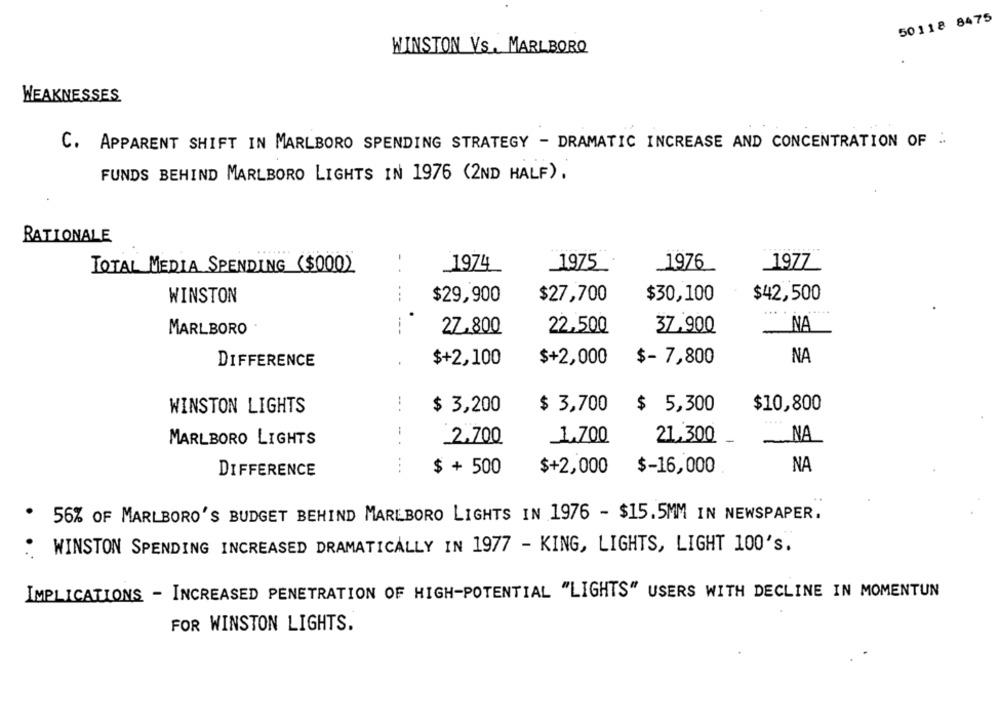
50118 8475
WINSTON VS. MARLBORO
WEAKNESSES
C. APPARENT SHIFT IN MARLBORO SPENDING STRATEGY - DRAMATIC INCREASE AND CONCENTRATION OF .
FUNDS BEHIND MARLBORO LIGHTS IN 1976 (2ND HALF).
RATIONALE
TOTAL MEDIA SPENDING ($000)
1974
_1976
1977
1975
$29,900
$30,100
$42,500
WINSTON
$27,700
NA
MARLBORO
---
27,800
22,500
37,900
DIFFERENCE
$+2,100
$+2,000
$- 7,800
NA
$10,800
WINSTON LIGHTS
$ 3,200
$ 3,700
$ 5,300
MARLBORO LIGHTS
2.700
1.700
21,300
NA
$ + 500
$+2,000
$-16,000
NA
DIFFERENCE
. 56% OF MARLBORO'S BUDGET BEHIND MARLBORO LIGHTS IN 1976 - $15.5MM IN NEWSPAPER.
: WINSTON SPENDING INCREASED DRAMATICALLY IN 1977 - KING, LIGHTS, LIGHT 100's.
IMPLICATIONS - INCREASED PENETRATION OF HIGH-POTENTIAL "LIGHTS" USERS WITH DECLINE IN MOMENTUN
FOR WINSTON LIGHTS.